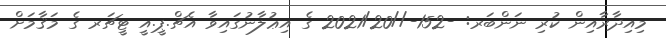
މިއިދާރާއިން ކުރި ނަންބަރ: -152-//2021/20 ގެ އިޢުލާނުގައިވާ އެޗް.ޕީ.އީ ޓީޗަރ ގެ މަޤާމަށް